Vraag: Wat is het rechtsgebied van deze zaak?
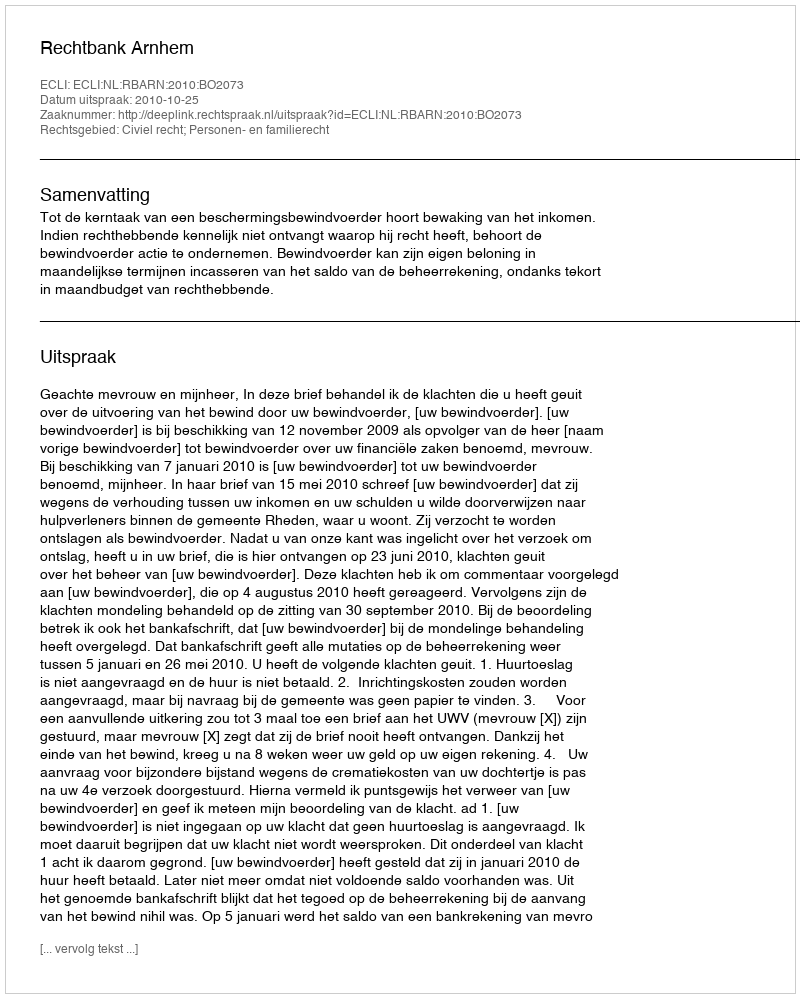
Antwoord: Civiel recht; Personen- en familierecht